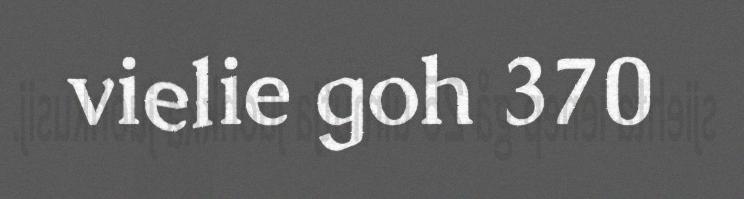
vielie goh 370